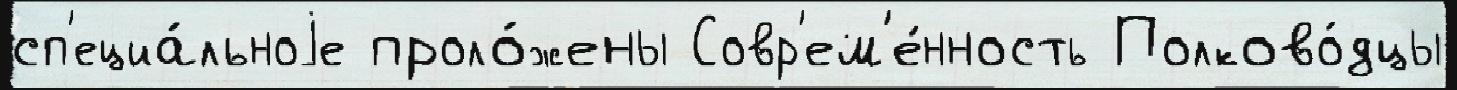
сп'ециа́льноjе проло́жены Совр'ем'е́нность Полково́дцы